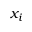
x _ { i }